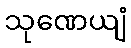
သုဏေယျံ